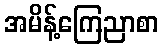
အမိန့်ကြေညာစာ